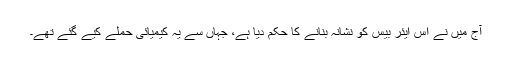
آج میں نے اُس ایئر بیس کو نشانہ بنانے کا حکم دیا ہے، جہاں سے یہ کیمیائی حملے کیے گئے تھے۔